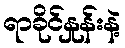
ရာခိုင်နှုန်းနဲ့